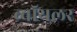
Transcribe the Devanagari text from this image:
ब्वॉयलर